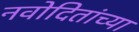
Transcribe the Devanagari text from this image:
नवोदितांच्या